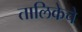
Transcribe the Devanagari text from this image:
तालिकेचे